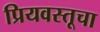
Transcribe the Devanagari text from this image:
प्रियवस्तूचा